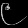
Digit: ၉